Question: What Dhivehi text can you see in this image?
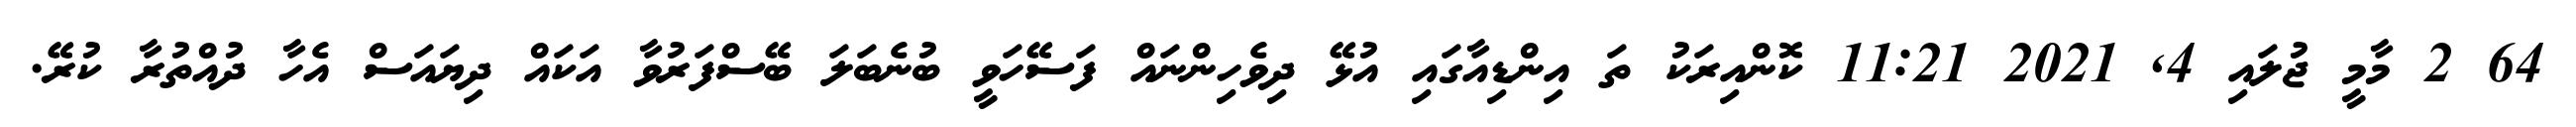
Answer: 64 2 މާމީ ޖުލައި 4, 2021 11:21 ކޮންއިރަކު ތަ އިންޑިއާގައި އުޅޭ ދިވެހިންނައް ފަސޭހަވީ ބުނެބަލަ ބޭސްފަރުވާ އަކައް ދިޔައަސް އެހާ ދުއްތުރާ ކުރޭ.